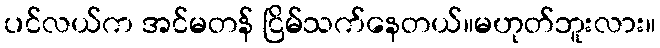
ပင်လယ်က အင်မတန် ငြိမ်သက်နေတယ်။မဟုတ်ဘူးလား။